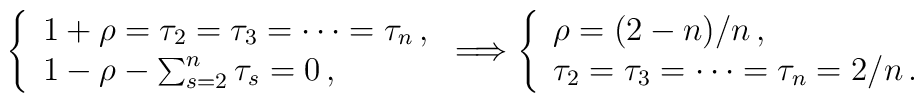
\left\{\begin{array}{l}1 + \rho = \tau_2 = \tau_3 = \cdots = \tau_n \, , \\ 1 - \rho - \sum_{s = 2}^n\tau_s = 0 \, ,\end{array} \right. \Longrightarrow \left\{\begin{array}{l}\rho = (2 - n) / n \, , \\ \tau_2 = \tau_3 = \cdots = \tau_n = 2/n \, .\end{array} \right.